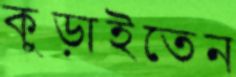
কুড়াইতেন